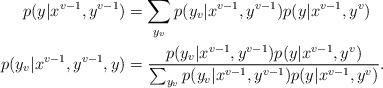
LaTeX: \begin{align*}p(y|x^{v-1},y^{v-1})&=\sum_{y_v}p(y_v|x^{v-1},y^{v-1})p(y|x^{v-1},y^{v})\\p(y_{v}|x^{v-1},y^{v-1},y)&=\frac{p(y_v|x^{v-1},y^{v-1})p(y|x^{v-1},y^{v})}{\sum_{y_v}p(y_v|x^{v-1},y^{v-1})p(y|x^{v-1},y^{v})}.\end{align*}